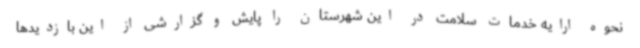
نحوه ارایه خدمات سلامت در این شهرستان را پایش و گزارشی از این بازدیدها